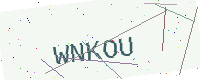
Text: WNKOU